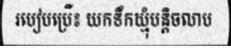
របៀបប្រើ៖ យកទឹកឃ្មុំបន្តិចលាប